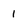
Character: 1